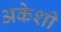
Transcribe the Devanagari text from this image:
अकेशी